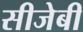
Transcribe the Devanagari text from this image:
सीजेबी